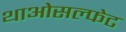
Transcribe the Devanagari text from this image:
थाओसल्फेट